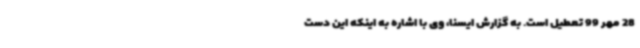
28 مهر 99 تعطیل است. به گزارش ایسنا، وی با اشاره به اینکه این دست